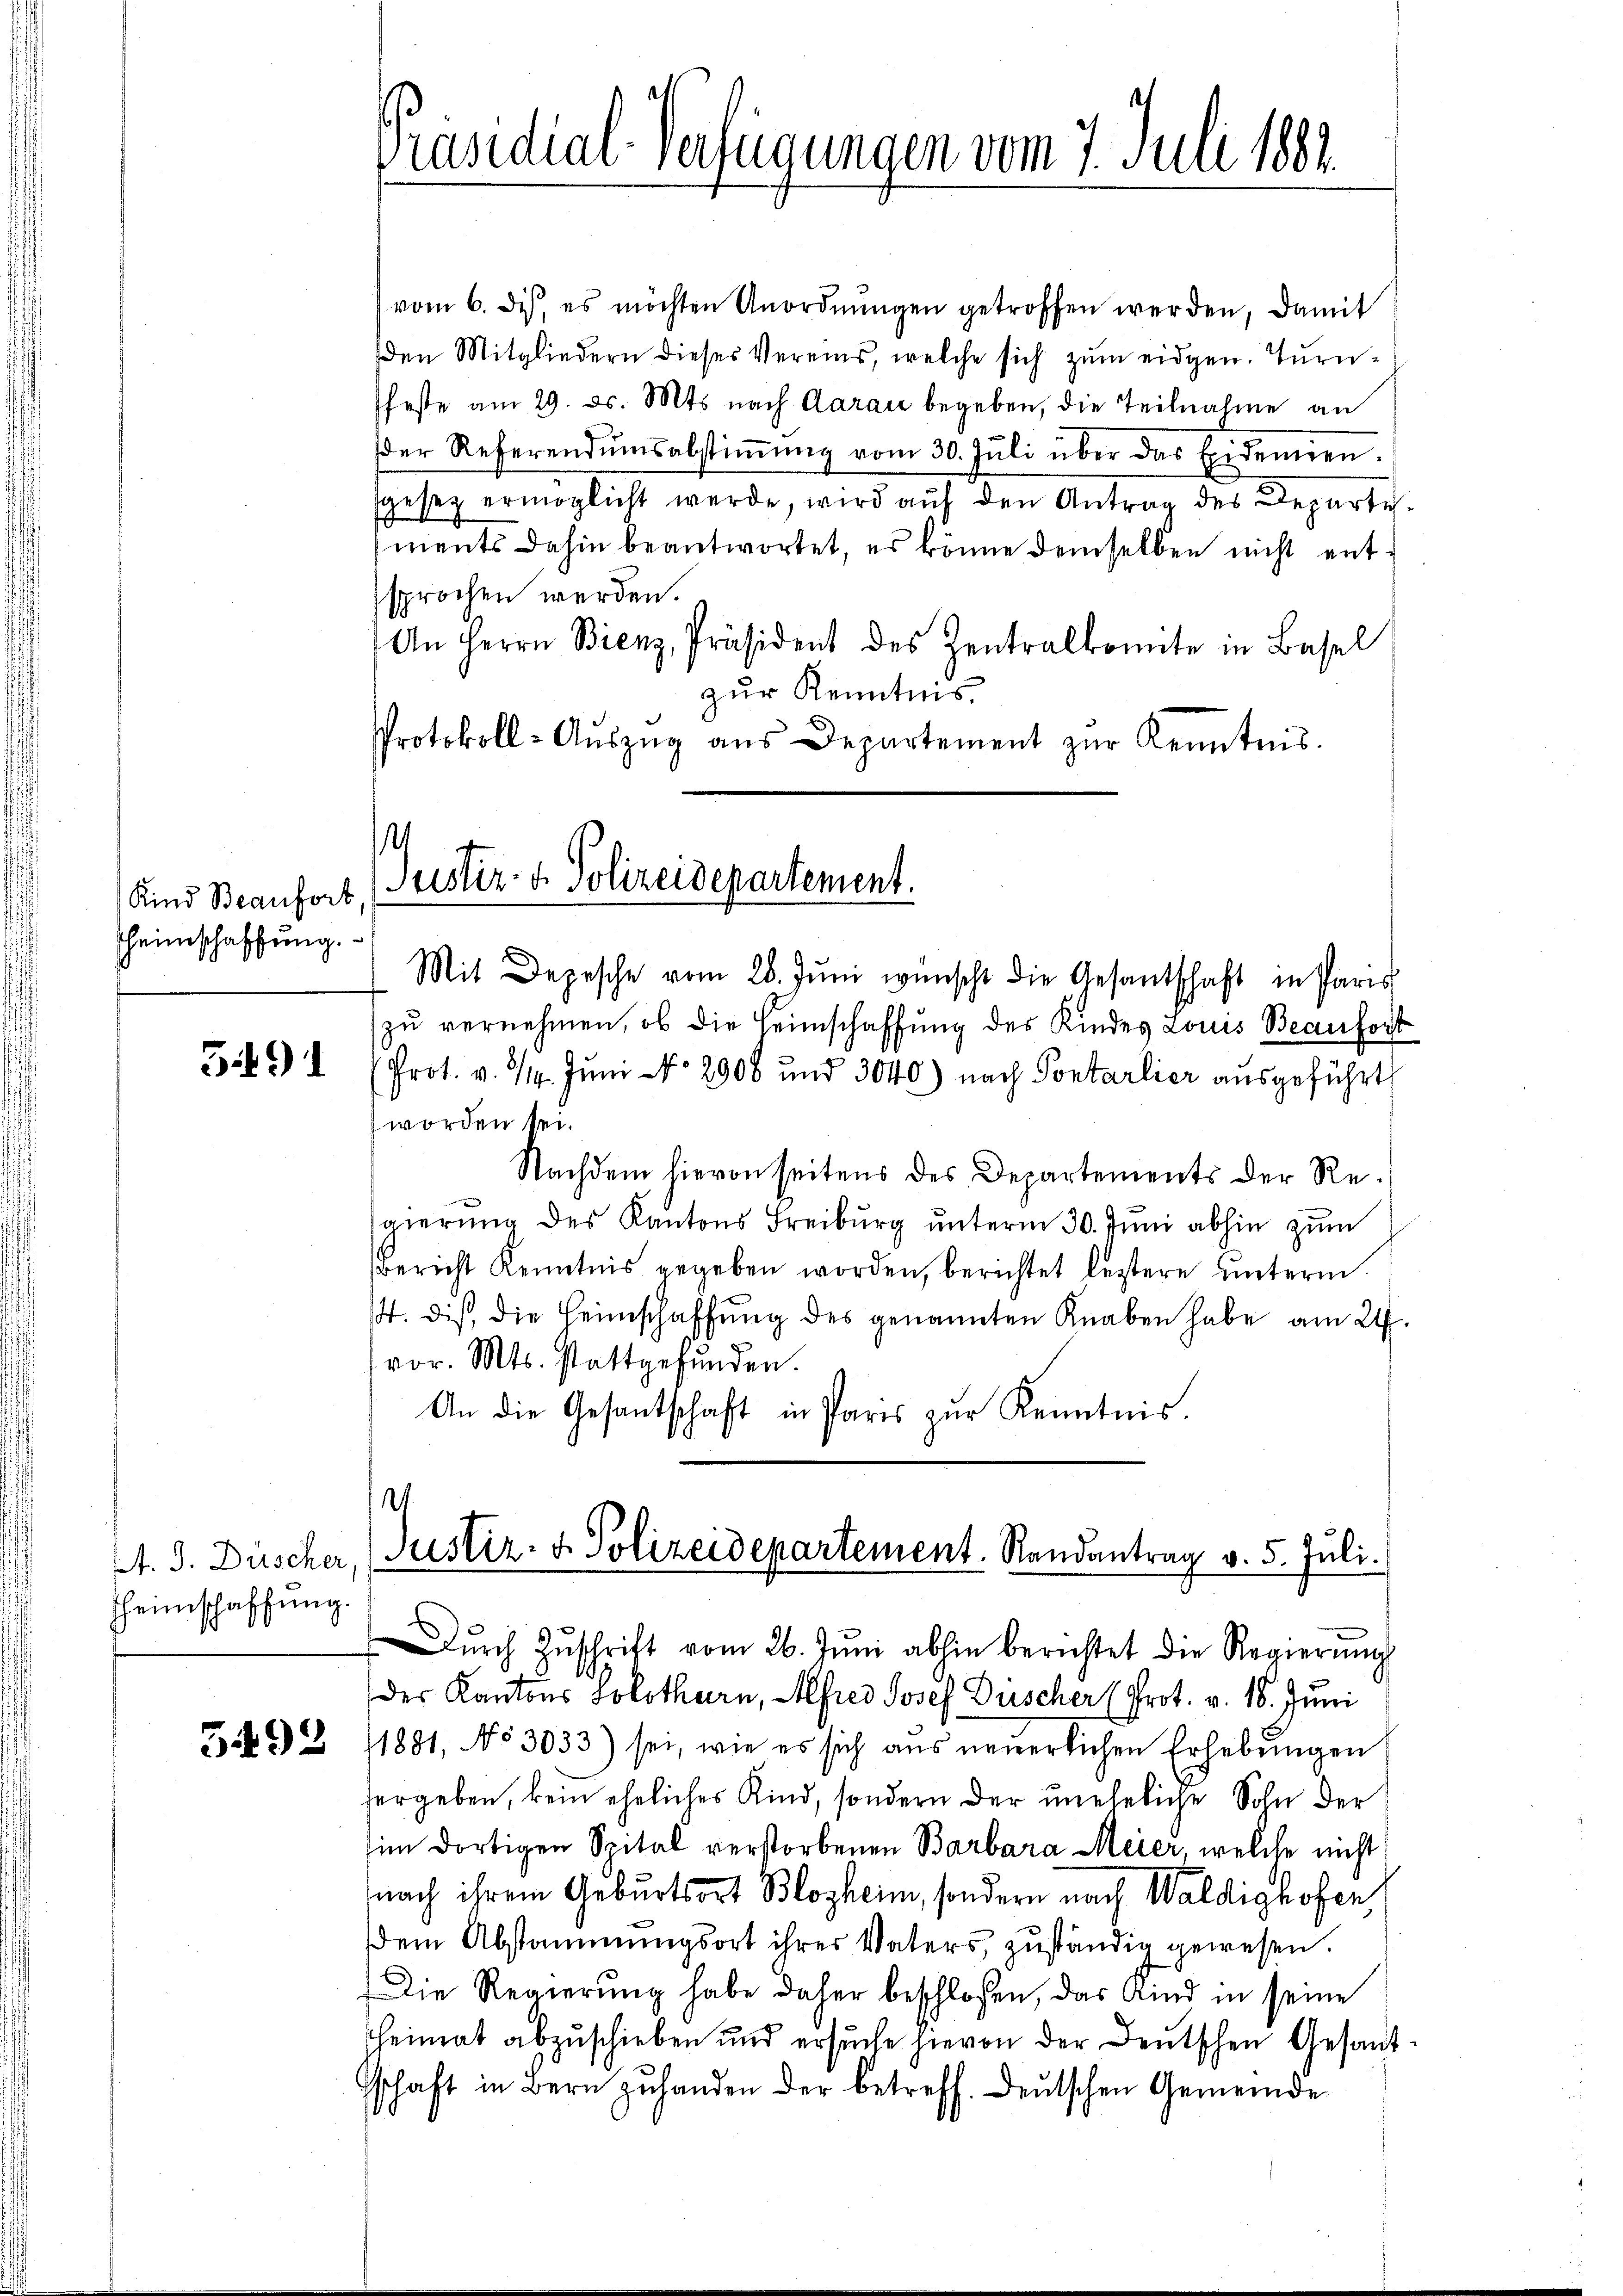
Kind Beaufort
heimschaffung.

3491

A. J. Düscher.
Hheimschaffung.

5492

Präsidial-Verfügungen vom 7. Juli 1882.

.
Justiz- & Polizeidepartement.

vom 6. des, es möchten Unordnŭngen getroffen werden, damit
den Mitgliedern dieses Vereins, welche sich zum eidgen. Turnfeste am 29. ds. Mts. nach Aarau begeben, die Teilnahme an
der Referendumsabstimmung vom 30. Juli über das Exidemien-
sgesez ermöglicht werde, wird auf den Antrag des Departements dahin beantwortet, es könne demselben nicht entsprochen werden.
An Herrn Bienz, Präsident des Zentralkomite in Basel
zur Kenntnis.
Protokoll-Aŭszŭg aŭs Departement zŭr Kenntnis.
Mit Depesche vom 28. Juni wünscht die Gesantschaft in Paris
zu vernehmen, ob die Heimschaffung des Kindes Louis Beanfort
Prot. v. 3/4. Juni No 2908 und 3040) nach Pontarlier ausgeführt
worden sei.
Nachdem hievon seitens des Departements der Regierŭng des Kantons Freiburg ŭnterm 30. Juni abhin zum
Bericht Kenntnis gegeben worden, berichtet leztere unterm
/4. dis, die Heimschaffŭng des genannten Knaben habe am 24.
vor. Mts. stattgefunden.
An die Gesantschaft in Paris zur Kenntnis.
V.
Justiz- & Polizeidepartement. Randantrag v. 5. Juli.
Dŭrch Zŭschrift vom 26. Jŭni abhin berichtet die Regierŭng
des Kantons Solothurn, Alfred Josef Drischer (Prot. v. 18. Juni
1881, No 3033) sei, wie es sich aus neuerlichen Erhebungen
hergeben, kein eheliches Kind, sondern der uneheliche Sohn der
im dortigen Spital verstorbenen Barbara Meier, welche nicht
nach ihrem Geburtsort Blosheim, sondern nach Waldighofen
dem Abstammungsort ihres Vaters, zuständig gewesen.
Die Regierŭng habe daher beschlossen, das Amt in seine
heimat abzuschieben und ersuche hievon der Deutschen Gesand
schaft in Bern zuhanden der betreff. Deutschen Gemeinde